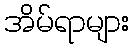
အိမ်ရာများ